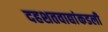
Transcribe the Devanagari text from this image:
दहशतवाद्यांकडली